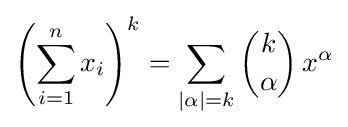
\left(\sum _{i=1}^{n}x_{i}\right)^{k}=\sum _{|\alpha |=k}{\binom {k}{\alpha }}\,x^{\alpha }